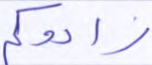
زادوكم